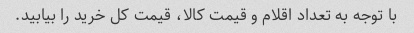
با توجه به تعداد اقلام و قیمت کالا، قیمت کل خرید را بیابید.